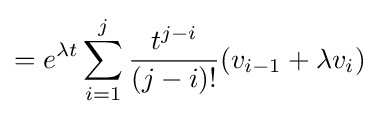
=e^{\lambda t}\sum _{i=1}^{j}{\frac {t^{j-i}}{(j-i)!}}(v_{i-1}+\lambda v_{i})